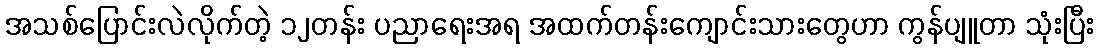
အသစ်ပြောင်းလဲလိုက်တဲ့ ၁၂တန်း ပညာရေးအရ အထက်တန်းကျောင်းသားတွေဟာ ကွန်ပျူတာ သုံးပြီး